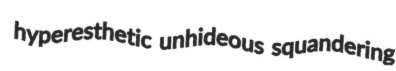
hyperesthetic unhideous squandering